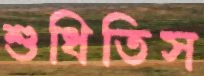
শুধিতিস